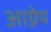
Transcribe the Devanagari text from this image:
अाग्नेय